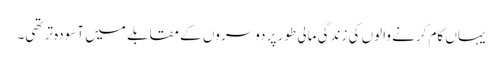
یہاں کام کرنے والوں کی زندگی مالی طور پر دوسروں کے مقابلے میں آسودہ تر تھی۔